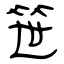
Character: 笹